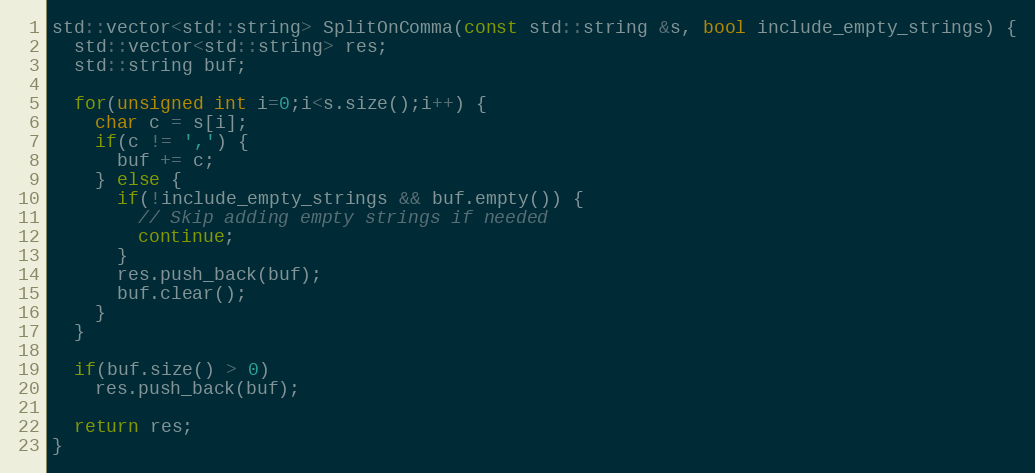
Language: C++
std::vector<std::string> SplitOnComma(const std::string &s, bool include_empty_strings) {
  std::vector<std::string> res;
  std::string buf;

  for(unsigned int i=0;i<s.size();i++) {
    char c = s[i];
    if(c != ',') {
      buf += c;
    } else {
      if(!include_empty_strings && buf.empty()) {
        // Skip adding empty strings if needed
        continue;
      }
      res.push_back(buf);
      buf.clear();
    }
  }

  if(buf.size() > 0)
    res.push_back(buf);

  return res;
}